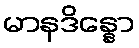
မာနဒိန္နော